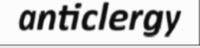
anticlergy